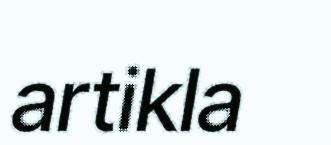
artikla